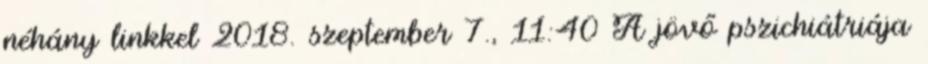
néhány linkkel 2018. szeptember 7., 11:40 ‎A jövő pszichiátriája